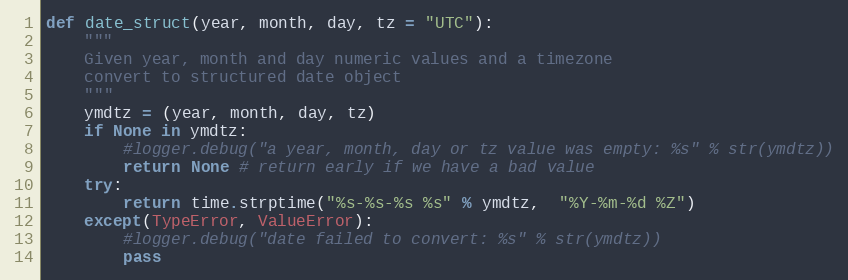
Language: Python
def date_struct(year, month, day, tz = "UTC"):
    """
    Given year, month and day numeric values and a timezone
    convert to structured date object
    """
    ymdtz = (year, month, day, tz)
    if None in ymdtz:
        #logger.debug("a year, month, day or tz value was empty: %s" % str(ymdtz))
        return None # return early if we have a bad value
    try:
        return time.strptime("%s-%s-%s %s" % ymdtz,  "%Y-%m-%d %Z")
    except(TypeError, ValueError):
        #logger.debug("date failed to convert: %s" % str(ymdtz))
        pass